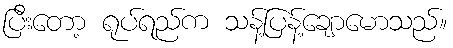
ပြီးတော့ ရုပ်ရည်က သန့်ပြန့်ချောမောသည်။